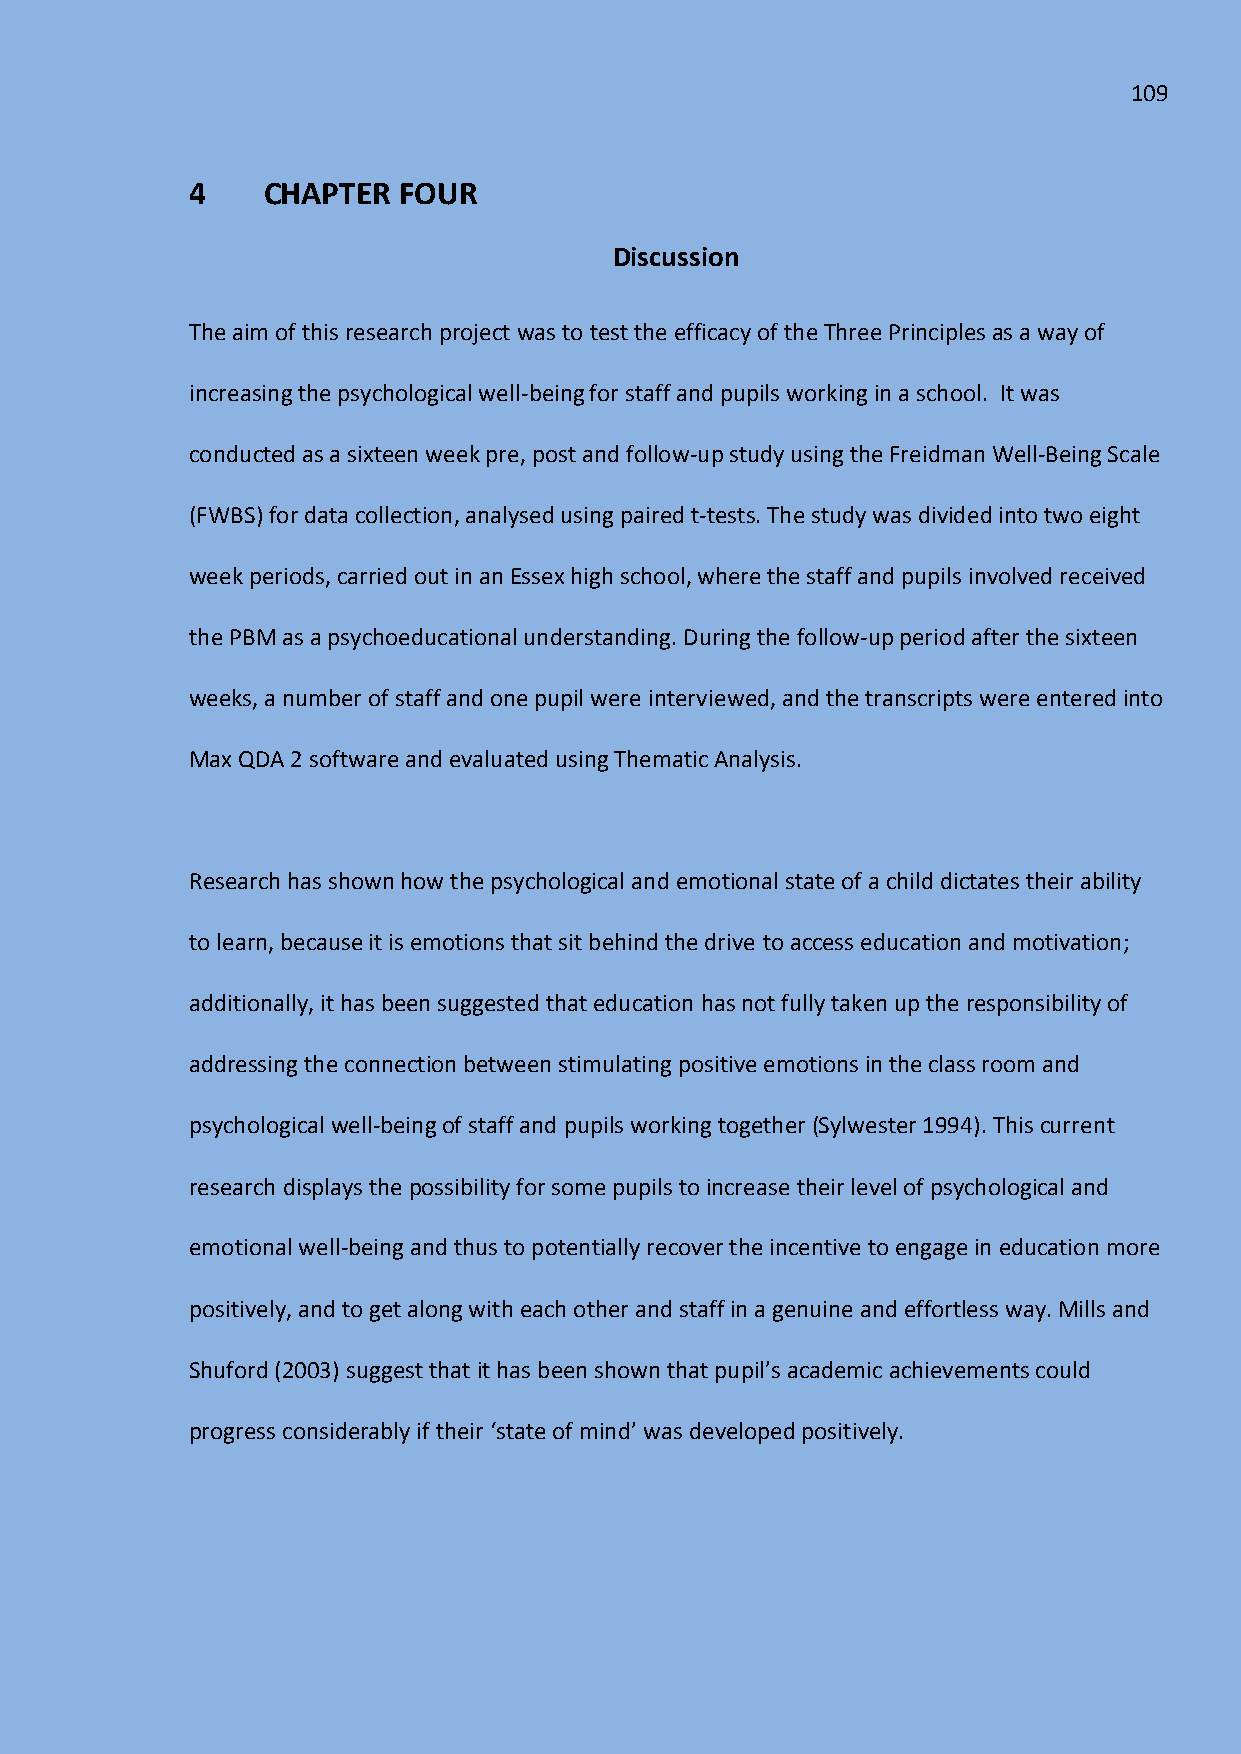
109
 4    CHAPTER  FOUR
 Discussion
 The aim of this research project was to test the efficacy of the Three Principles as a way of
 increasing the psychological well-being for staff and pupils working in a school. It was
 conducted as a sixteen week pre, post and follow-up study using the Freidman Well-Being Scale
 (FWBS) for data collection, analysed using paired t-tests. The study was divided into two eight
 week periods, carried out in an Essex high school, where the staff and pupils involved received
 the PBM as a psychoeducational understanding. During the follow-up period after the sixteen
 weeks, a number of staff and one pupil were interviewed, and the transcripts were entered into
 Max QDA 2 software and evaluated using Thematic Analysis.
 Research has shown how the psychological and emotional state of a child dictates their ability
 to learn, because it is emotions that sit behind the drive to access education and motivation;
 additionally, it has been suggested that education has not fully taken up the responsibility of
 addressing the connection between stimulating positive emotions in the class room and
 psychological well-being of staff and pupils working together (Sylwester 1994). This current
 research displays the possibility for some pupils to increase their level of psychological and
 emotional well-being and thus to potentially recover the incentive to engage in education more
 positively, and to get along with each other and staff in a genuine and effortless way. Mills and
 Shuford (2003) suggest that it has been shown that pupil’s academic achievements could
 progress considerably if their ‘state of mind’ was developed positively.